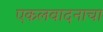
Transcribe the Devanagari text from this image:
एकलवादनाचा